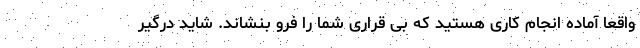
واقعا آماده انجام کاری هستید که بی قراری شما را فرو بنشاند. شاید درگیر